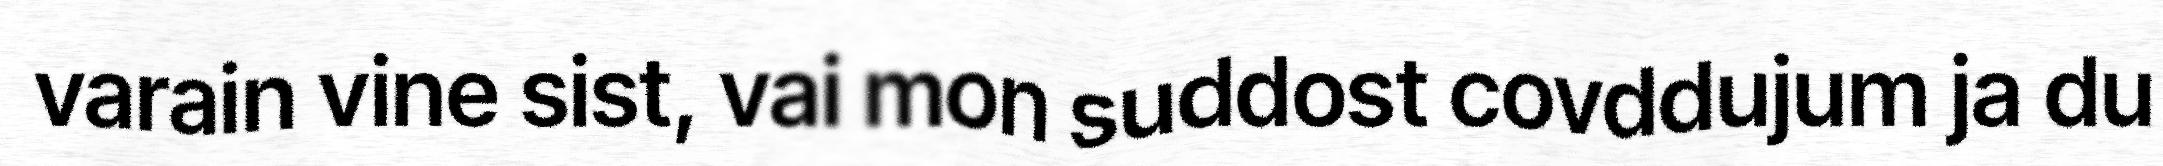
varain vine sist, vai mon suddost covddujum ja du